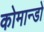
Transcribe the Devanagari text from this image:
कोमान्डो